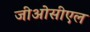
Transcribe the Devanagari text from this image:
जीओसीएल